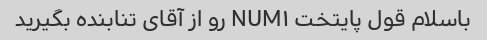
باسلام قول پایتخت NUM۱ رو از آقای تنابنده بگیرید